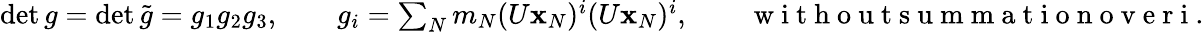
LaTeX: \begin{array}{r}{\operatorname*{det}g=\operatorname*{det}\tilde{g}=g_{1}g_{2}g_{3},\qquad g_{i}=\sum_{N}m_{N}(U{\mathbf x}_{N})^{i}(U{\mathbf x}_{N})^{i},\qquad\mathrm{~w~i~t~h~o~u~t~s~u~m~m~a~t~i~o~n~o~v~e~r~i~}.}\end{array}